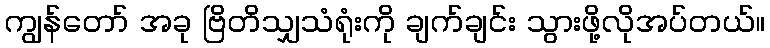
ကျွန်တော် အခု ဗြိတိသျှသံရုံးကို ချက်ချင်း သွားဖို့လိုအပ်တယ်။